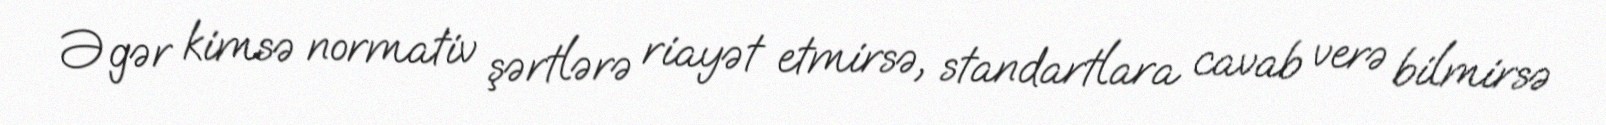
Əgər kimsə normativ şərtlərə riayət etmirsə, standartlara cavab verə bilmirsə